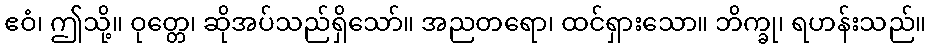
ဧဝံ၊ ဤသို့။ ဝုတ္တေ၊ ဆိုအပ်သည်ရှိသော်။ အညတရော၊ ထင်ရှားသော။ ဘိက္ခု၊ ရဟန်းသည်။